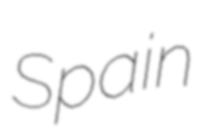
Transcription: Spain